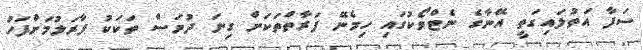
ސަފާ އަތުލައިގަތީ އޭނާގެ ނެޓްވޯކުގައި ހިމެނޭ ފަރާތްތަކަށް ގިނަ ދުވަސް ތަކަކު ފާރަލުމަށްފަހު